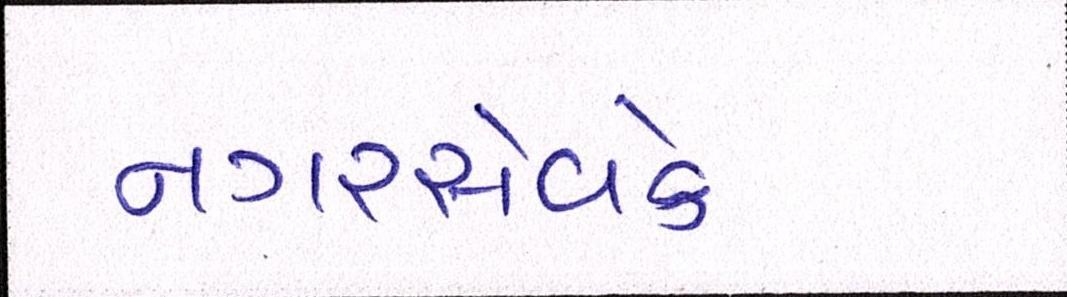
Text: નગરસેવકે